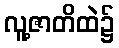
လူ့ဇာတိထဲ၌